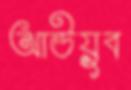
আউয়ুব